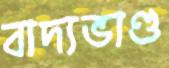
বাদ্যভাণ্ড